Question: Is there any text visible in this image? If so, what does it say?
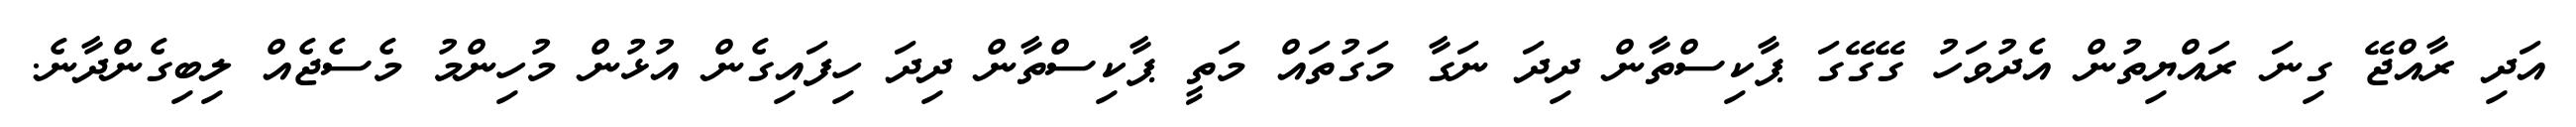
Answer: އަދި ރާއްޖޭ ގިނަ ރައްޔިތުން އެދުވަހު ގޭގޭގަ ޕާކިސްތާން ދިދަ ނަގާ މަގުތައް މަތީ ޕާކިސްތާން ދިދަ ހިފައިގެން އުޅުން މުހިންމު މެސެޖެއް ލިބިގެންދާނެ.